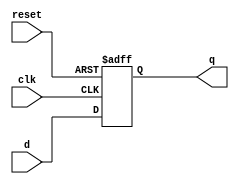
module dasync(input d,clk,reset,output reg q);
always @(posedge clk, posedge reset) begin
if(reset)
	q=1'b0;
else
	q=d;
end
endmodule